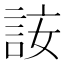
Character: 𧦣